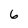
Character: 6